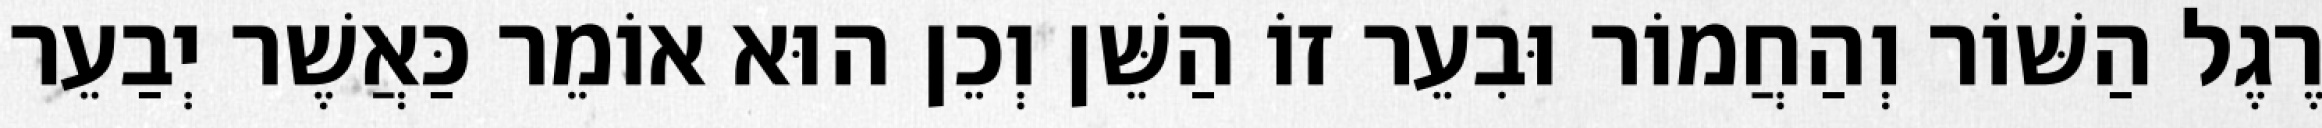
רֶגֶל הַשּׁוֹר וְהַחֲמוֹר וּבִעֵר זוֹ הַשֵּׁן וְכֵן הוּא אוֹמֵר כַּאֲשֶׁר יְבַעֵר